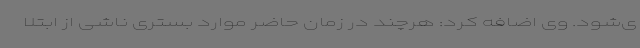
ی‌شود. وی اضافه کرد: هرچند در زمان حاضر موارد بستری ناشی از ابتلا